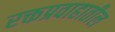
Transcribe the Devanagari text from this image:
रक्तप्रवाहातील